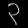
Digit: ၃